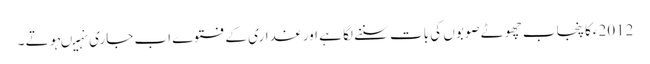
2012ءکا پنجاب چھوٹے صوبوں کی بات سننے لگا ہے اور غداری کے فتوے اب جاری نہیںہوتے ۔